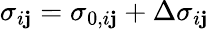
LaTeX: \sigma_{i\mathbf{j}}=\sigma_{0,i\mathbf{j}}+\Delta\sigma_{i\mathbf{j}}